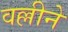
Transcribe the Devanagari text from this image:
वल्लीने